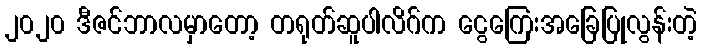
၂၀၂၀ ဒီဇင်ဘာလမှာတော့ တရုတ်ဆူပါလိဂ်က ငွေကြေးအခြေပြုလွန်းတဲ့